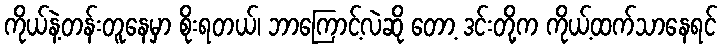
ကိုယ်နဲ့တန်းတူနေမှာ စိုးရတယ်၊ ဘာကြောင့်လဲဆို တော့ ဒင်းတို့က ကိုယ့်ထက်သာနေရင်